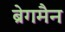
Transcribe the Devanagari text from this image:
ब्रेगमैन